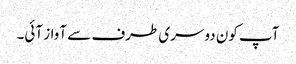
آپ کون دوسری طرف سے آواز آئی۔